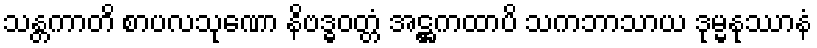
သန္တကာတိ စာပလသုဏော နိဗဒ္ဓဝတ္တံ အဋ္ဌကထာပိ သကဘာသာယ ဒုမ္မနုဿာနံ